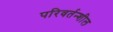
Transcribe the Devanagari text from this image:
परिवर्तन्शील